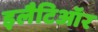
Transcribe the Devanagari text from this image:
इलैटिऑर